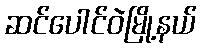
ဆင်ပေါင်ဝဲမြို့နယ်